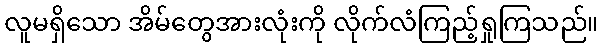
လူမရှိသော အိမ်တွေအားလုံးကို လိုက်လံကြည့်ရှုကြသည်။